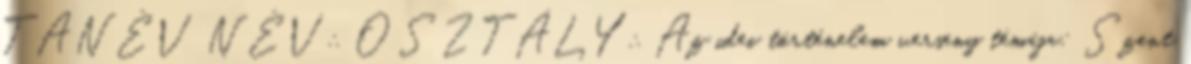
TANÉV NÉV:. OSZTÁLY:. Az idei történelem verseny témája: Szent